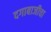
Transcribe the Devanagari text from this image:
दगाबाजीचा